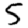
Digit: 5